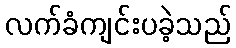
လက်ခံကျင်းပခဲ့သည်